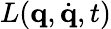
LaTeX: L(\mathbf{q},{\dot{\mathbf{q}}},t)